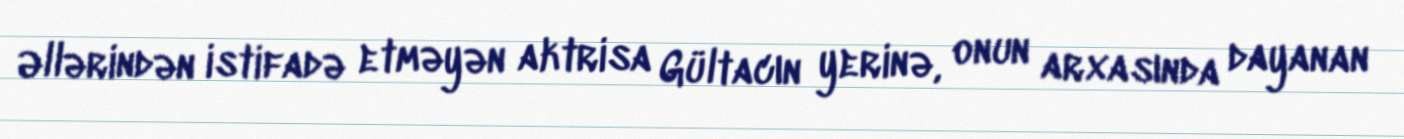
Əllərindən istifadə etməyən aktrisa Gültacın yerinə, onun arxasında dayanan